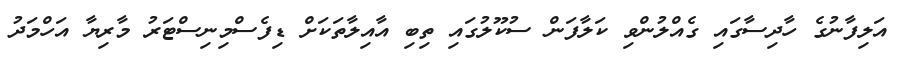
އަލިފާނުގެ ހާދިސާގައި ގެއްލުންވި ކަލާފަން ސުކޫލުގައި ތިބި އާއިލާތަކަށް ޑިފެސްމިނިސްޓަރު މާރިޔާ އަހްމަދު